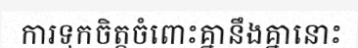
ការទុកចិត្តចំពោះគ្នានឹងគ្នានោះ